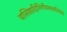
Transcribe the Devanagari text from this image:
वसिष्ठादिभिर्गीयमानाभिधेये